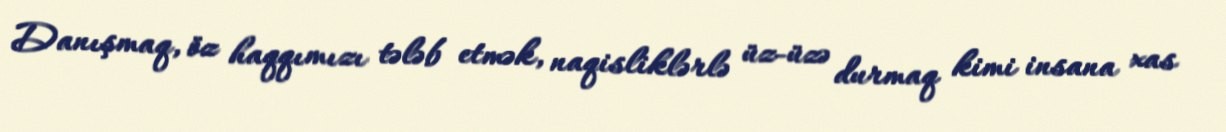
Danışmaq, öz haqqımızı tələb etmək, naqisliklərlə üz-üzə durmaq kimi insana xas